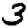
Digit: 3